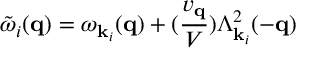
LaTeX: { \tilde { \omega } } _ { i } ( { \bf { q } } ) = \omega _ { { \bf { k } } _ { i } } ( { \bf { q } } ) + ( \frac { v _ { { \bf { q } } } } { V } ) \Lambda _ { { \bf { k } } _ { i } } ^ { 2 } ( - { \bf { q } } )